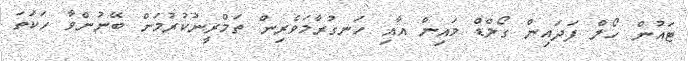
ޓައުން ހޯލް ފަދައިން ގޯލްޑް މައިން އާއި ހަނގުރާމަވެރިން ތަމްރީނުކުރުމަށް ބޭނުންވާ ހަކަތަ